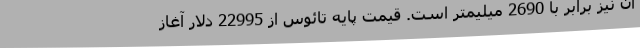
آن نیز برابر با 2690 میلیمتر است. قیمت پایه تائوس از 22995 دلار آغاز